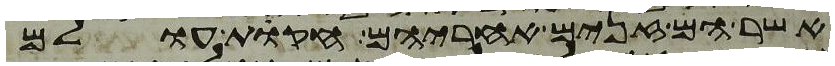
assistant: אשר הם זנים אחריהם חקות עולם